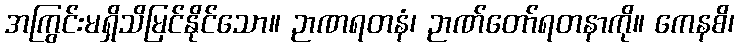
အကြွင်းမရှိသိမြင်နိုင်သော။ ဉာဏရတနံ၊ ဉာဏ်တော်ရတနာကို။ ကေနစိ၊